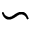
\backsim